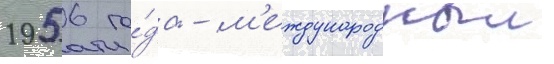
1956 го́да - м'еждународныи